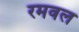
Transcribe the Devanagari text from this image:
रमवल